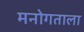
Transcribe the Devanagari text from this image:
मनोगताला